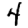
Digit: 4